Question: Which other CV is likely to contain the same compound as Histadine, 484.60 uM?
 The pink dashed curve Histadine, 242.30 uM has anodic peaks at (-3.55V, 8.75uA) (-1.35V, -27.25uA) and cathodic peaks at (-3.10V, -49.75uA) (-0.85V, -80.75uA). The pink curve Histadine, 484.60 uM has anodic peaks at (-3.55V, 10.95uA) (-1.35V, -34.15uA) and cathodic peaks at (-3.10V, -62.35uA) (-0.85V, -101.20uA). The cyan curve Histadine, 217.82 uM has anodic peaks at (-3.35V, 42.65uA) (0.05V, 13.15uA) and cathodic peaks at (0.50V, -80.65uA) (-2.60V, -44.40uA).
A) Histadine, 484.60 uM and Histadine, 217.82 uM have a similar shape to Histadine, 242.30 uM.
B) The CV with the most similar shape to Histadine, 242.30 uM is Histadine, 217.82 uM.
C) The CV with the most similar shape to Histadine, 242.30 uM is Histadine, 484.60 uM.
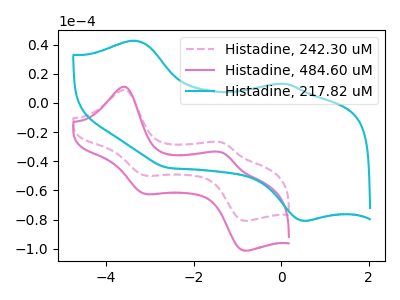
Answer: <think>All the peaks in "Histadine, 242.30 uM" have a peak in "Histadine, 484.60 uM" at the same potential. "Histadine, 242.30 uM" and "Histadine, 217.82 uM" have at least one peak that do not match. "Histadine, 484.60 uM" and "Histadine, 217.82 uM" have at least one peak that do not match.
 </think>
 <answer>C) The CV with the most similar shape to "Histadine, 242.30 uM" is "Histadine, 484.60 uM".</answer>
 <eval>C</eval>